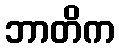
ဘာတိက